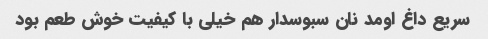
سریع داغ اومد نان سبوسدار هم خیلی با کیفیت خوش طعم بود